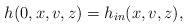
LaTeX: \begin{align*}h(0,x,v,z)=h_{in}(x,v,z),\end{align*}